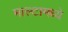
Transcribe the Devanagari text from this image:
माल्टामध्ये